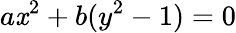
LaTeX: a\mathit{x}^{2}+b(y^{2}-1)=0